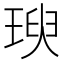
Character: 𤧙